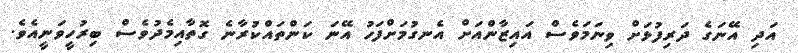
އަދި އޭނަގެ ދަރިފުޅަށް ވިނަމަވެސް އައިޒާންއަށް އެނގުމަށްފަހު އޭނަ ކަންތައްކުރާނެ ގޮތާއިމެދުވެސް ބިރުހީވަނީއެވެ.